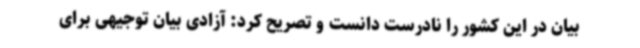
بیان در این کشور را نادرست دانست و تصریح کرد: آزادی بیان توجیهی برای